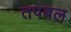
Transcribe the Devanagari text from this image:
तपबल